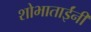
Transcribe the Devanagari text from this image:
शोभाताईंनी